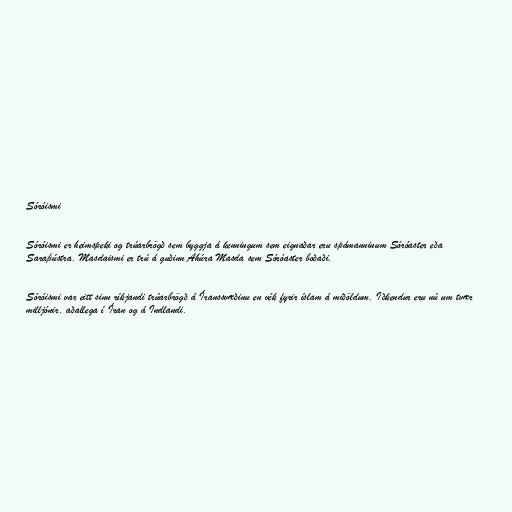
Sóróismi

Sóróismi er heimspeki og trúarbrögð sem byggja á kenningum sem eignaðar eru spámanninum Sóróaster eða
Saraþústra. Masdaismi er trú á guðinn Ahúra Masda sem Sóróaster boðaði.

Sóróismi var eitt sinn ríkjandi trúarbrögð á Íranssvæðinu en vék fyrir íslam á miðöldum. Iðkendur eru nú um tvær
milljónir, aðallega í Íran og á Indlandi.